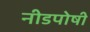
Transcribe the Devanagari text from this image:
नीडपोषी